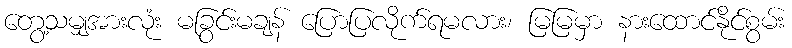
တွေ့သမျှအားလုံး မခြွင်းမချန် ပြောပြလိုက်ရမလား၊ မြမြမှာ နားထောင်နိုင်စွမ်း